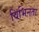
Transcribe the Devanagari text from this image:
विभिनता